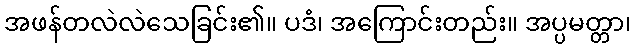
အဖန်တလဲလဲသေခြင်း၏။ ပဒံ၊ အကြောင်းတည်း။ အပ္ပမတ္တာ၊